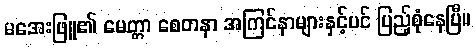
မအေးဖြူ၏ မေတ္တာ စေတနာ အကြင်နာများနှင့်ပင် ပြည့်စုံနေပြီ။